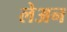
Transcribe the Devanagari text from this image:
लेअन